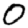
Digit: 0